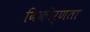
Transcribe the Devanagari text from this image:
विकीर्णता